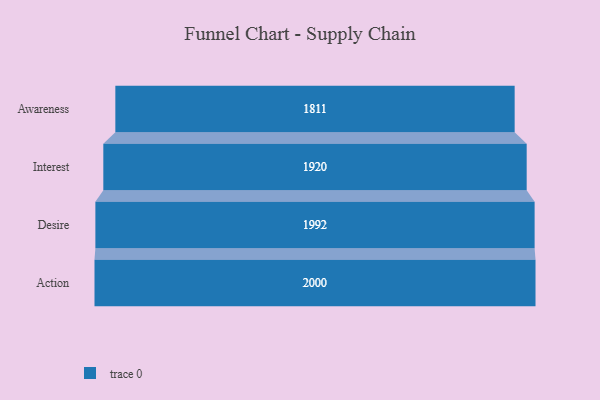
{"axis": {"x": "Stage", "y": "Value"}, "legend": [""], "data": [{"x": "Awareness", "y": 1811.0, "type": ""}, {"x": "Interest", "y": 1920.0, "type": ""}, {"x": "Desire", "y": 1992.0, "type": ""}, {"x": "Action", "y": 2000, "type": ""}]}